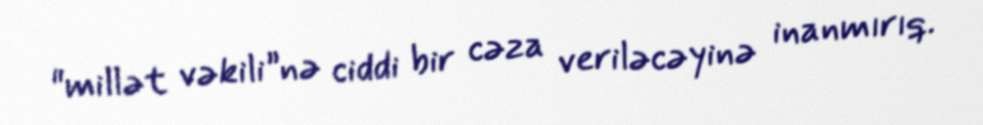
"millət vəkili”nə ciddi bir cəza veriləcəyinə inanmırıq.